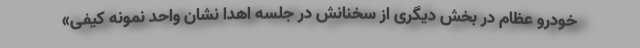
خودرو عظام در بخش دیگری از سخنانش در جلسه اهدا نشان واحد نمونه کیفی»